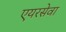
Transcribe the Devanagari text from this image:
एयरसेवा